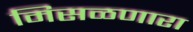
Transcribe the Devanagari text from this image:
मिसळणारा